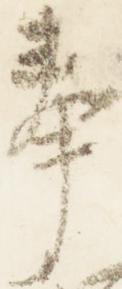
奉